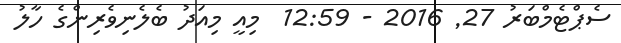
ސެޕްޓެމްބަރު 27